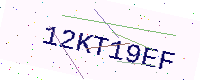
Text: 12KT19EF